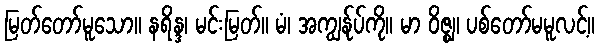
မြတ်တော်မူသော။ နရိန္ဒ၊ မင်းမြတ်။ မံ၊ အကျွန်ုပ်ကို။ မာ ဝိဇ္ဈ၊ ပစ်တော်မမူလင့်။